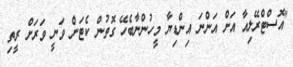
"އޮސްޓްރޭލިއާ އަށް އަންނަ އިންޑިޔާ މީހުންނާބެހޭ ގޮތުން ކެޓަން ވަނީ ވަރަށް ރީތި